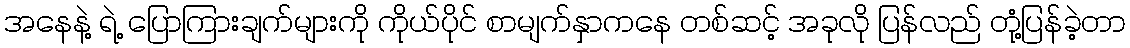
အနေနဲ့ ရဲ့ ပြောကြားချက်များကို ကိုယ်ပိုင် စာမျက်နှာကနေ တစ်ဆင့် အခုလို ပြန်လည် တုံ့ပြန်ခဲ့တာ